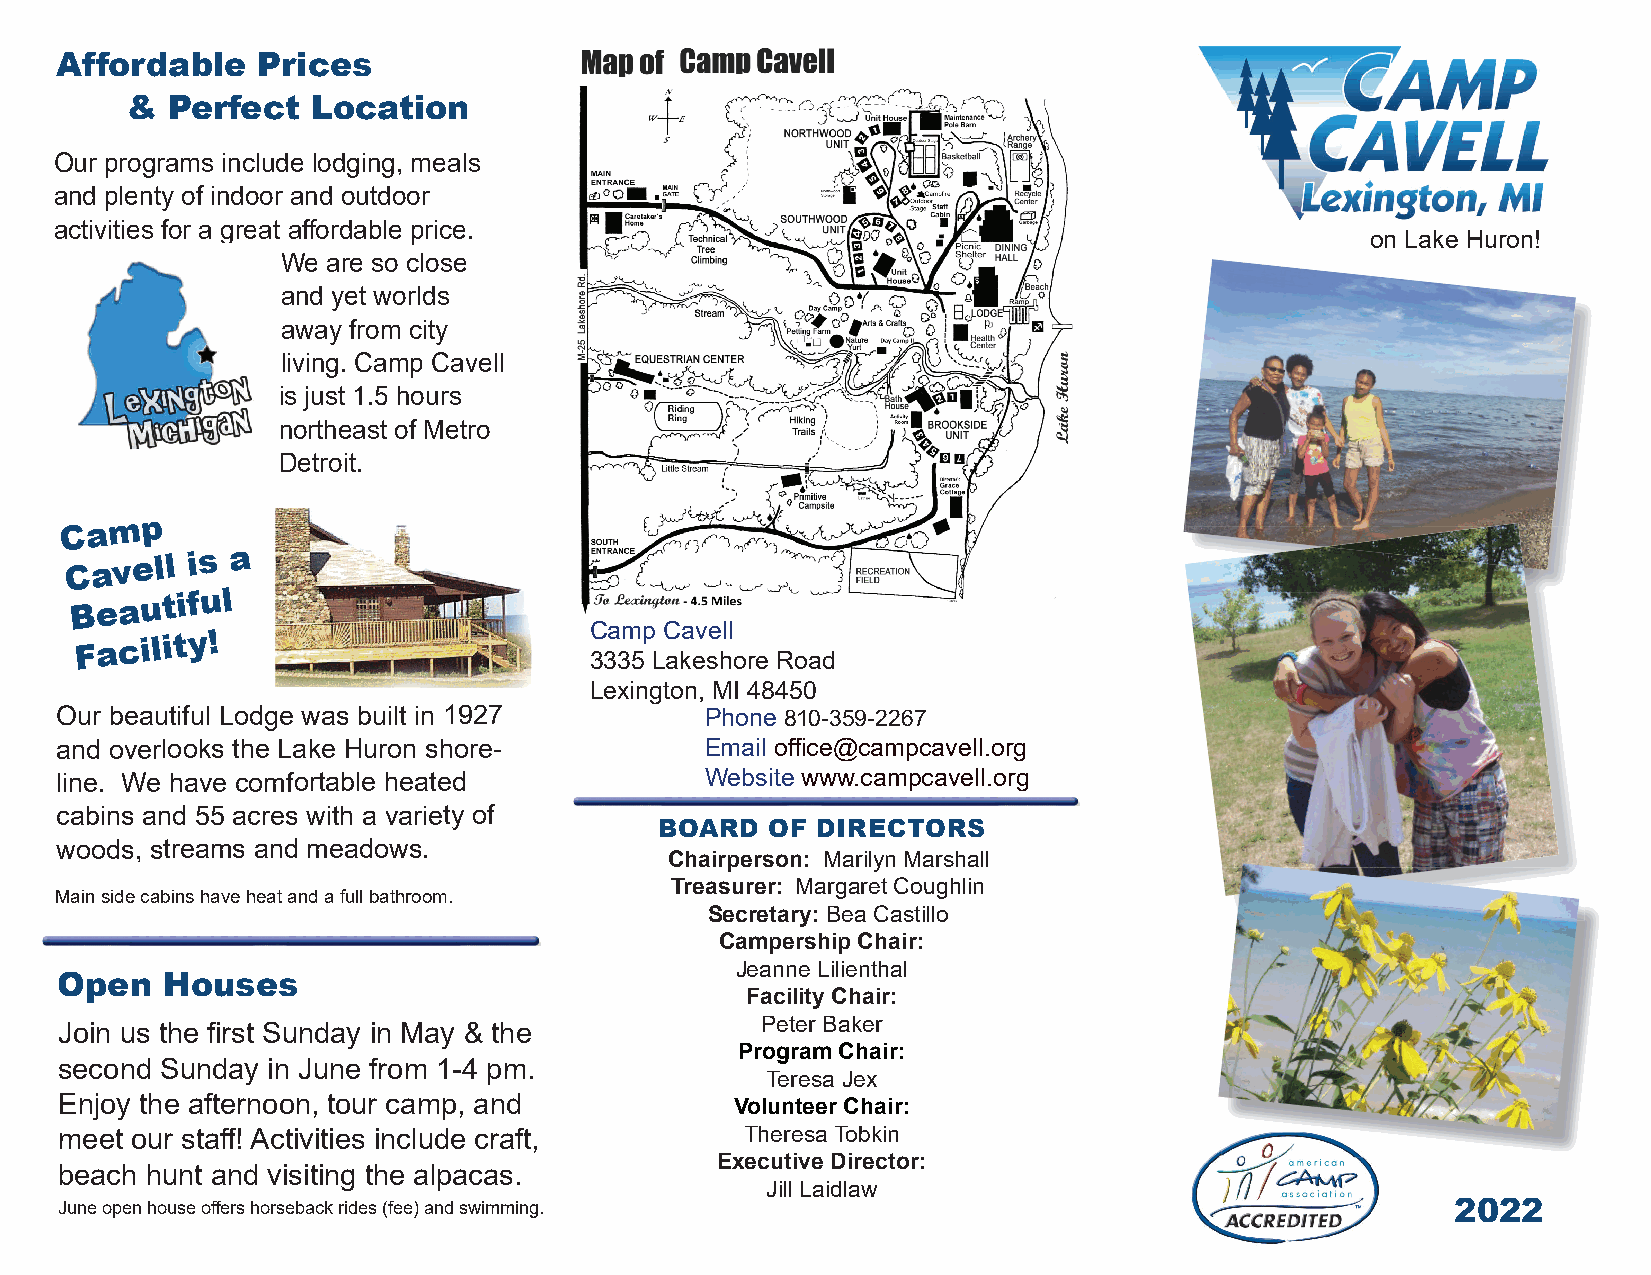
Affordable   Prices
 &  Perfect   Location
 Our programs include lodging, meals
 and plenty of indoor and outdoor
 activities for a great aff ordable price.
 on Lake Huron!
 We are so close
 and yet worlds
 away from city
 living. Camp Cavell
 is just 1.5 hours
 northeast of Metro
 Detroit.
 Camp
 Cavell   is a
 Beautiful
 Camp Cavell
 Facility!
 3335 Lakeshore Road
 Lexington, MI 48450
 Our beautiful Lodge was built in 1927      Phone 810-359-2267
 and overlooks the Lake Huron shore-        Email offi ce@campcavell.org
 line. We have comfortable heated           Website www.campcavell.org
 cabins and 55 acres with a variety of
 BOARD  OF DIRECTORS
 woods, streams and meadows.
 Chairperson: Marilyn Marshall
 Treasurer: Margaret Coughlin
 Main side cabins have heat and a full bathroom.
 Secretary: Bea Castillo
 Campership Chair:
 Jeanne Lilienthal
 Open   Houses
 Facility Chair:
 Peter Baker
 Join us the fi rst Sunday in May & the
 Program Chair:
 second Sunday in June from 1-4 pm.
 Teresa Jex
 Enjoy the afternoon, tour camp, and          Volunteer Chair:
 meet our staff ! Activities include craft,   Theresa Tobkin
 Executive Director:
 beach hunt and visiting the alpacas.
 Jill Laidlaw
 June open house off ers horseback rides (fee) and swimming.                                 2022